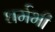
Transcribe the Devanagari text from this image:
धर्मभी